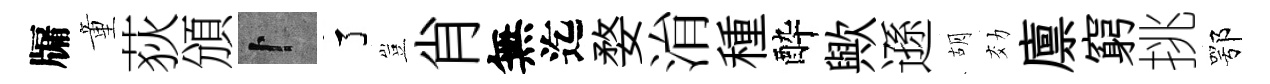
牖童荻頒卜了豈肖無迄婺㳙種酔歟遜胡効廪窮挑鄂